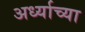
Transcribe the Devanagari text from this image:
अर्ध्याच्या